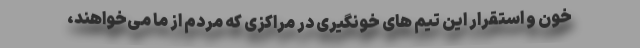
خون و استقرار این تیم های خونگیری در مراکزی که مردم از ما می‌خواهند،